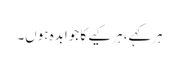
ہرکہے، ہرکیے کا جوابدہ ہوں۔